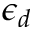
\epsilon _ { d }